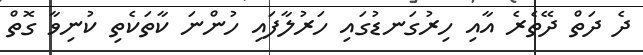
ދެ ދަތް ދޭތެރެ އާއި ހިރުގަނޑުގައި ހަރުލާފައި ހުންނަ ކާތަކެތި ކުނިވާ ގޮތް